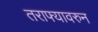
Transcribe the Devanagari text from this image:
तराफ्यावरुन